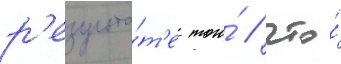
р'езульта́т'е того́ / что́